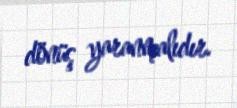
dönüş yaranmalıdır.